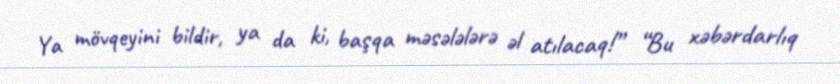
Ya mövqeyini bildir, ya da ki, başqa məsələlərə əl atılacaq!” “Bu xəbərdarlıq